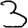
Digit: 3